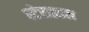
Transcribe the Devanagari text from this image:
स्टेराइडल